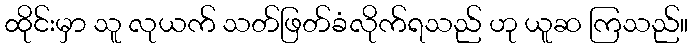
ထိုင်းမှာ သူ လုယက် သတ်ဖြတ်ခံလိုက်ရသည် ဟု ယူဆ ကြသည်။